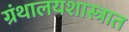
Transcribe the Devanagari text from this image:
ग्रंथालयशास्त्रात